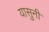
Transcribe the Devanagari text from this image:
यासुनी